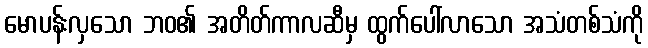
မောပန်းလှသော ဘဝ၏ အတိတ်ကာလဆီမှ ထွက်ပေါ်လာသော အသံတစ်သံကို